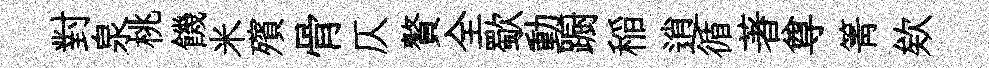
對泉桃饑米殯骨仄贅全歜動蹰稲逍循著尊箐欸